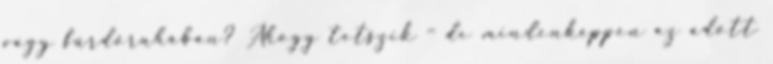
vagy fürdőruhában? Ahogy tetszik – de mindenképpen az adott